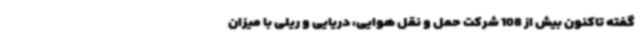
گفته تاکنون بیش از 108 شرکت حمل و نقل هوایی، دریایی و ریلی با میزان